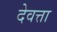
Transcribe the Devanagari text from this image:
देवत्ता